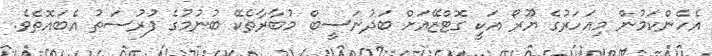
އެހެންކަމުން މިއަހަރުގެ ޔޫރޯ އަކީ ގޮޓްޒޭއަށް ބަދުނަސީބް މުބާރާތެކޭ ބުނުމުގެ ފުރުސަތު އެބައޮތެވެ.